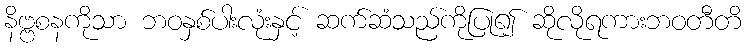
နိဗ္ဗစနကိုသာ ဘဝနှစ်ပါးလုံးနှင့် ဆက်ဆံသည်ကိုပြု၍ ဆိုလိုရကားဘဝတီတိ